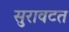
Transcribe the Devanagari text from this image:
सुरावटत